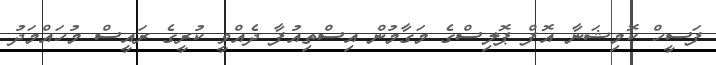
ފަސީހް ކޮމިޝަނާ އޮފް ޕޮލިސްގެ މަގާމުން އިސްތިއުފާ ދެއްވީ ކުރީގެ ރައީސް މުހައްމަދު